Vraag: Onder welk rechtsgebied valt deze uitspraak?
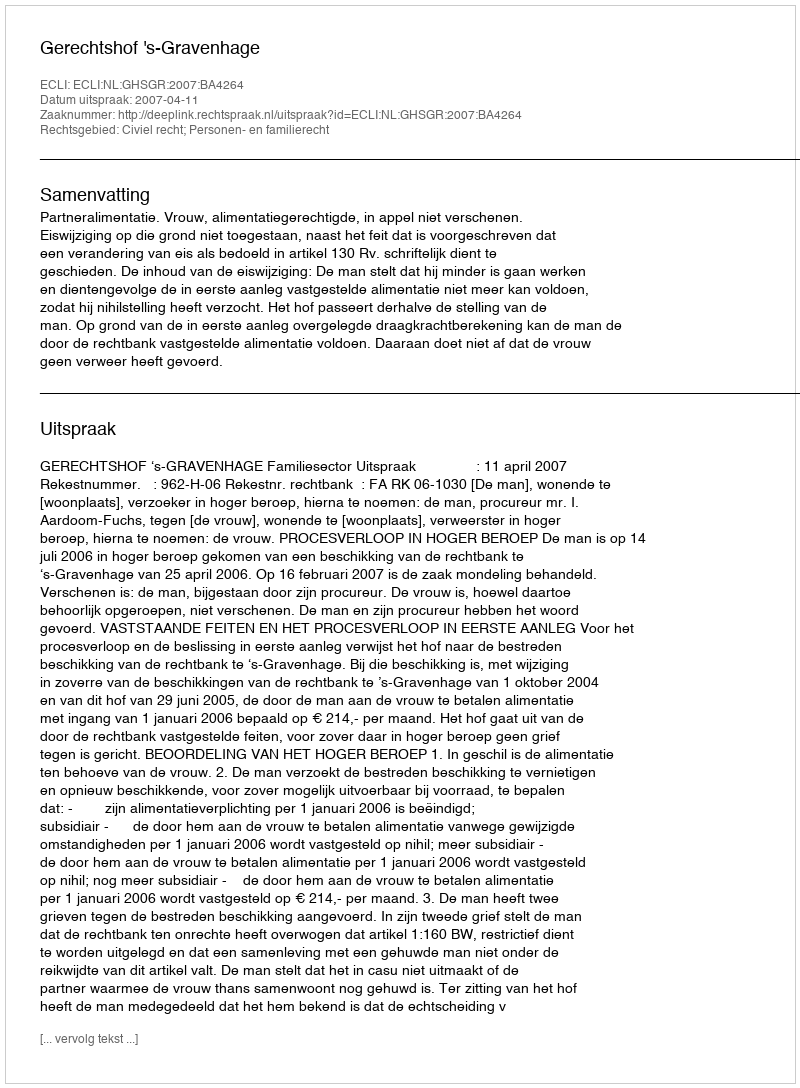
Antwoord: Civiel recht; Personen- en familierecht